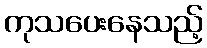
ကုသပေးနေသည့်